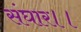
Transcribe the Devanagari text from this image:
संघार।।